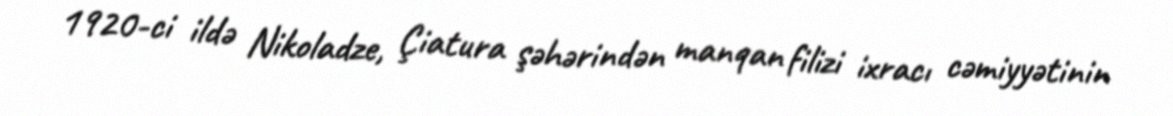
1920-ci ildə Nikoladze, Çiatura şəhərindən manqan filizi ixracı cəmiyyətinin